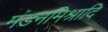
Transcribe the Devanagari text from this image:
मंडनमिश्रादि